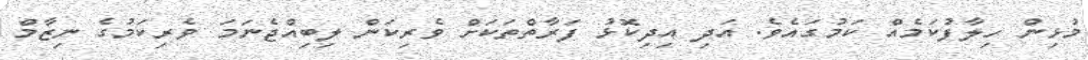
މުޅިން ހިލާފުކަމެއް ކަމުގައެވެ. އަދި އިދިކޮޅު ފަރާތްތަކަށް ވެރިކަން ލިބިއްޖެނަމަ ވެރިކަމުގެ ނިޒާމް